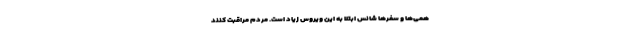
همی‌ها و سفرها شانس ابتلا به این ویروس زیاد است. مردم مراقبت کنند